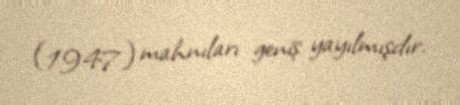
(1947) mahnıları geniş yayılmışdır.